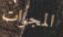
المجرات